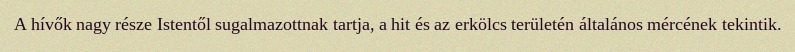
A hívők nagy része Istentől sugalmazottnak tartja, a hit és az erkölcs területén általános mércének tekintik.